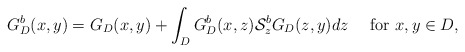
\begin{align*}G^{b}_{D}(x,y)=G_{D}(x,y)+\int_{D}G^{b}_{D}(x,z)\mathcal{S}^{b}_{z}G_{D}(z,y)dz\quad\mbox{ for }x,y\in D,\end{align*}